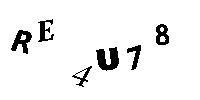
RE4U78